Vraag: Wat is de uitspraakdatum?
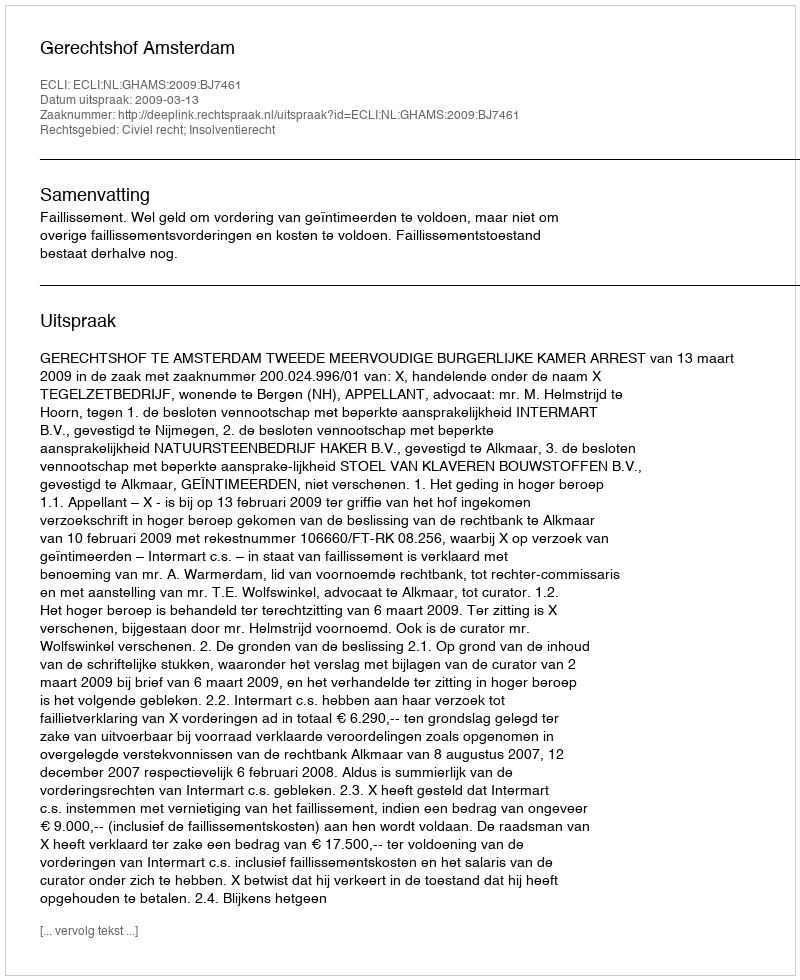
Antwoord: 2009-03-13